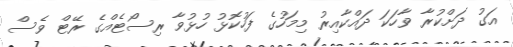
އަގު ދަށްކުރާ ވާހަކަ ދައްކާއިރު މިމަހުގެ ފަހުކޮޅު ހުޅުވާ ރިސޯޓެއްގެ ރޭޓް ވެސް